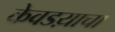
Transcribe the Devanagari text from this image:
केवडय़ाचा